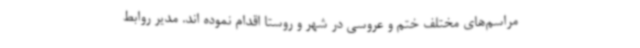
مراسم‌های مختلف ختم و عروسی در شهر و روستا اقدام نموده اند. مدیر روابط